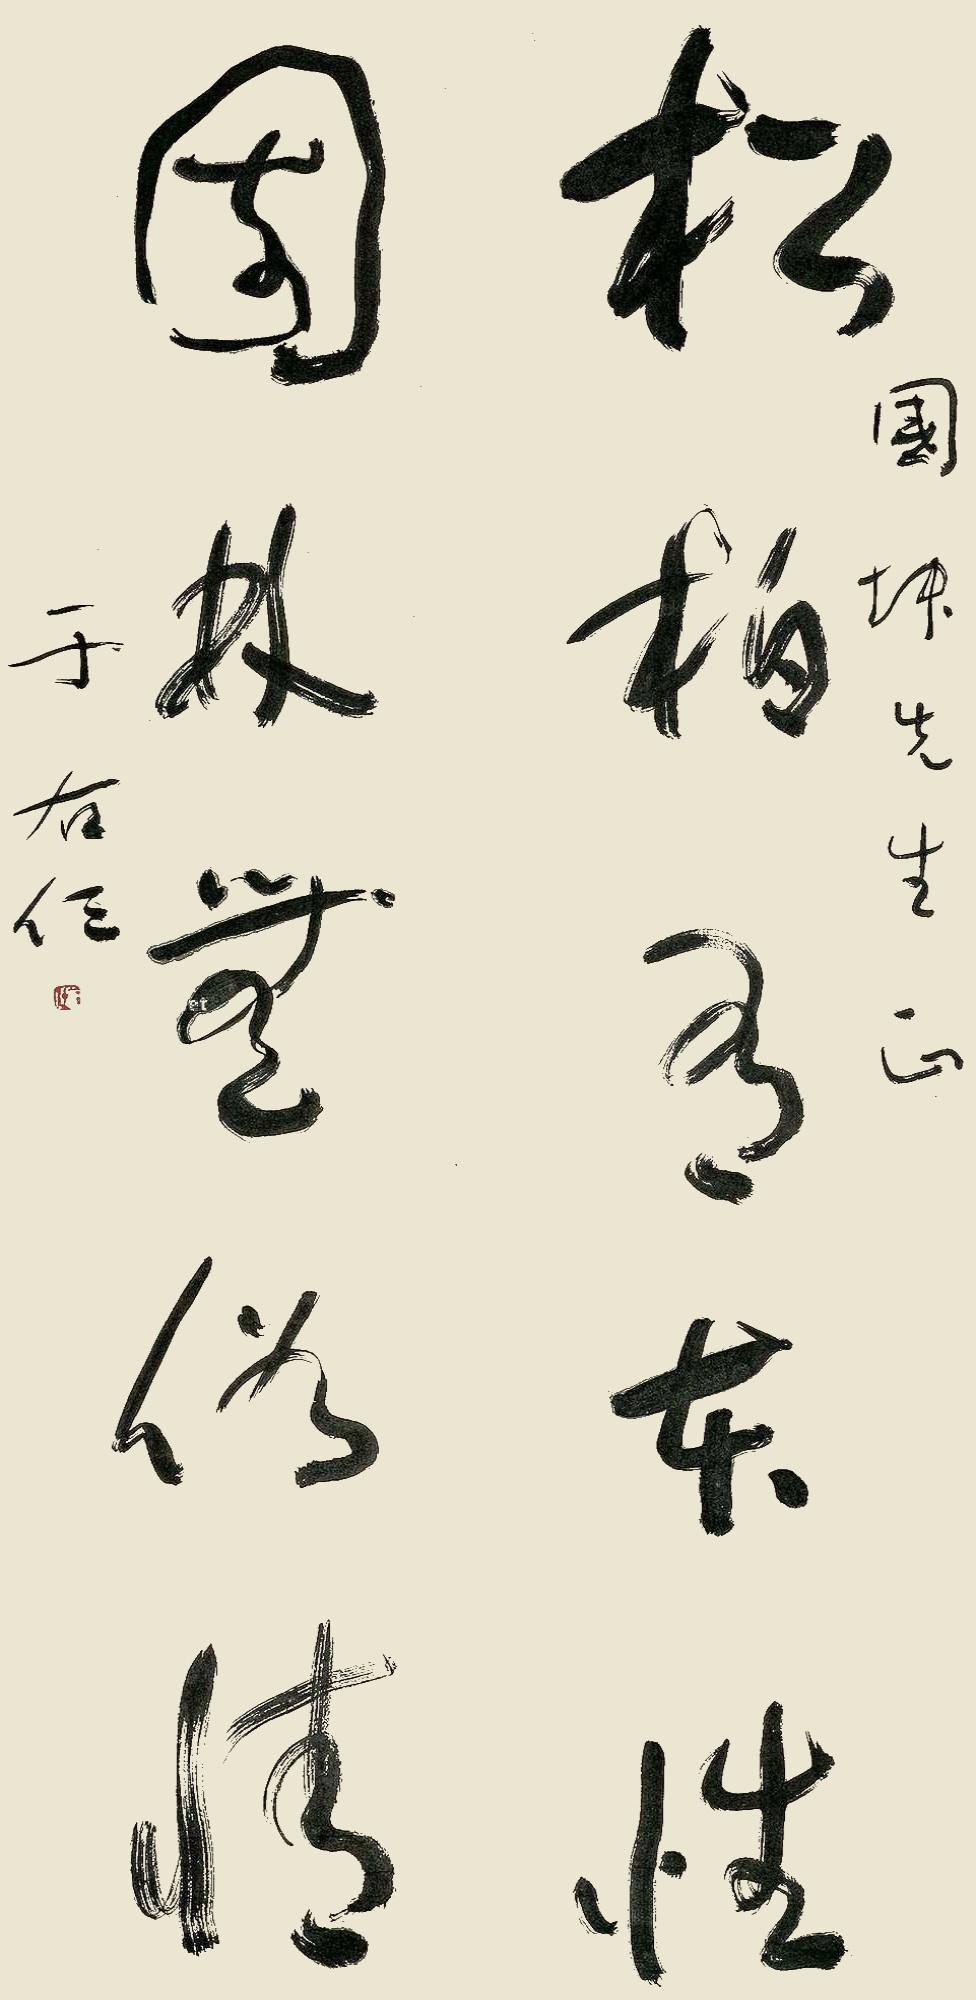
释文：松柏有本性,园林无俗情。国坤先生正，于右任。